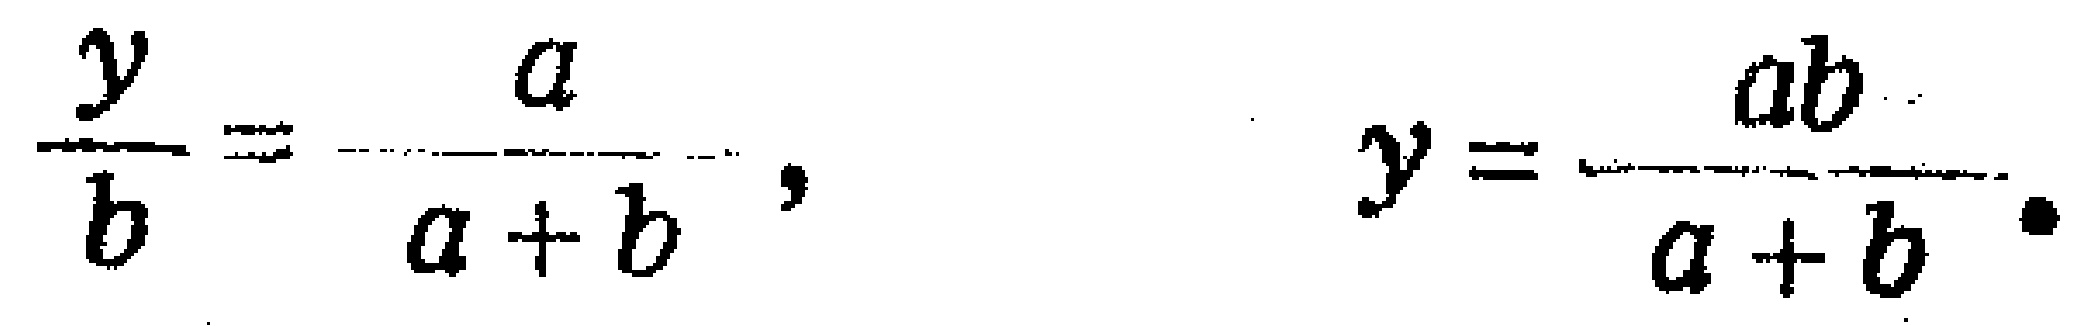
$\frac{y}{b}=\frac{a}{a + b},\qquad y=\frac{ab}{a + b}.$